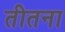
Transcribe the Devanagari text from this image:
तीतना